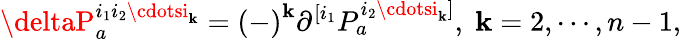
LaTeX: \deltaP_{a}^{i_{1}i_{2}\cdotsi_{\mathbf{k}}}=\left(-\right)^{\mathbf{k}}\partial^{[i_{1}}P_{a}^{i_{2}\cdotsi_{\mathbf{k}}]},\; \mathbf{k}=2,\cdots,n-1,